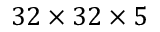
3 2 \times 3 2 \times 5